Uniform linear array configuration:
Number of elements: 12
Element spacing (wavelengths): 0.5
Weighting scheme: uniform
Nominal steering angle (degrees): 45
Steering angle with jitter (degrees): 43.038
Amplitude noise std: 0.05
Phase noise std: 0.05

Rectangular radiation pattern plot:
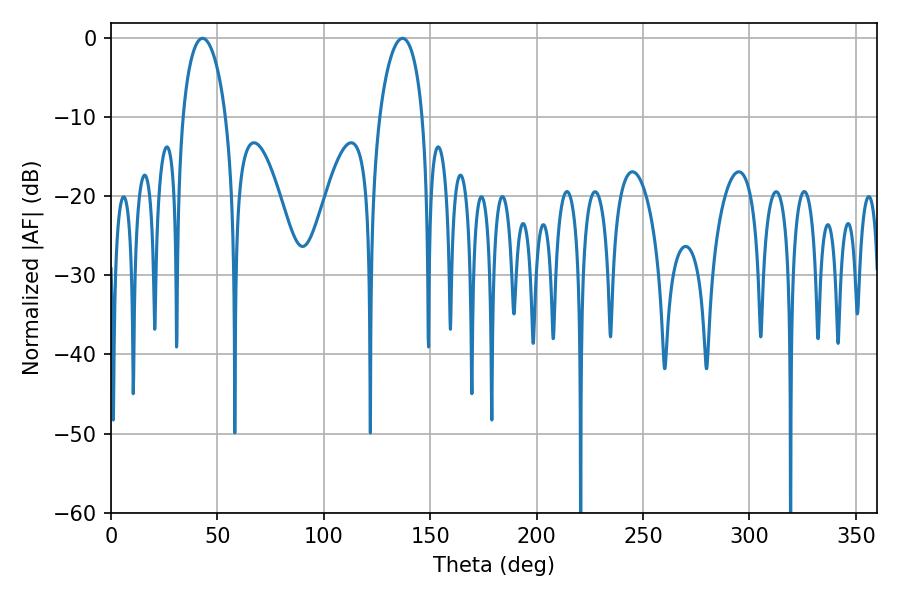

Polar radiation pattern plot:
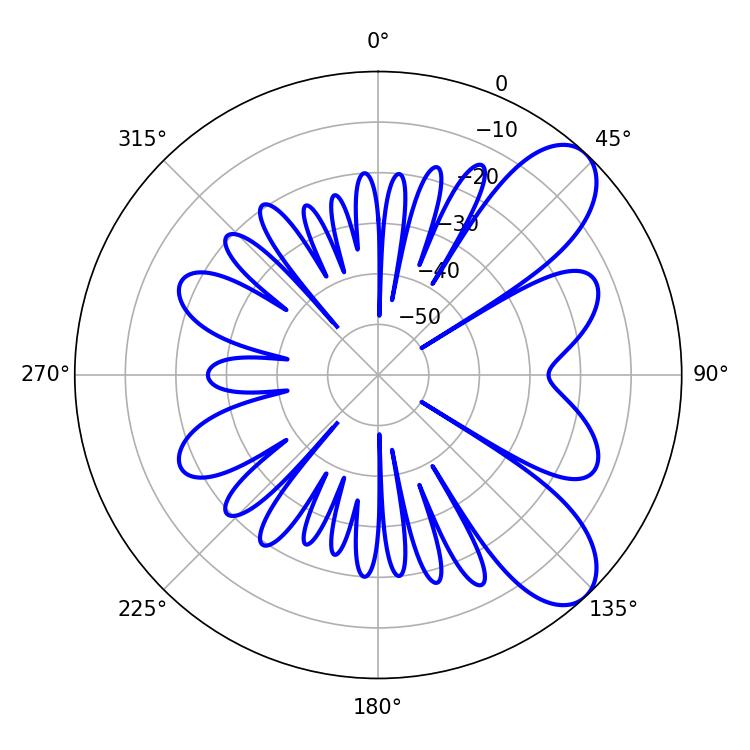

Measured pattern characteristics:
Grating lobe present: FALSE
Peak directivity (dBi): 8.21
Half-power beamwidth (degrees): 11.7
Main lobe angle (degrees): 43.02